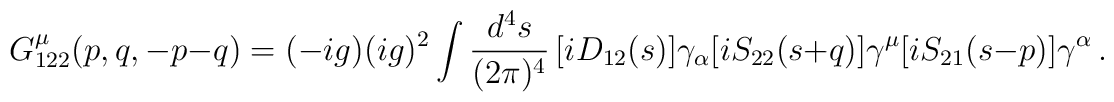
G_{122}^\mu(p,q,-p-q)=(-ig)(ig)^2\int \frac {d^4 s}{(2\pi)^4} \,   [iD_{12}(s)]\gamma_\alpha [iS_{22}(s+q)]\gamma^\mu[iS_{21}(s-p)]\gamma^\alpha\, .